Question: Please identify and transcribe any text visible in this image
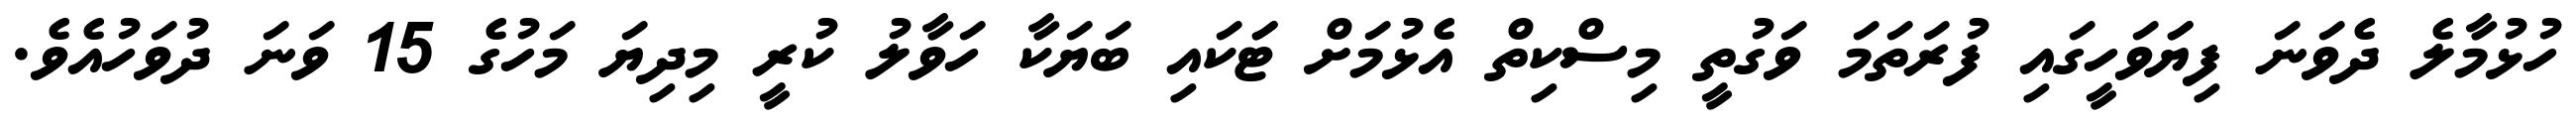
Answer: ހުޅުމާލެ ދެވަނަ ފިޔަަވަހީގައި ފުރަތަމަ ވަގުތީ މިސްކިތް އެޅުމަށް ޓަަކައި ބަޔަކާ ހަވާލު ކުރީ މިދިޔަ މަހުގެ 15 ވަނަ ދުވަހުއެވެ.